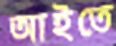
আইতে